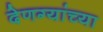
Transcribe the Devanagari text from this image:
देणग्यांच्या